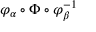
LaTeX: \varphi _ { \alpha } \circ \Phi \circ \varphi _ { \beta } ^ { - 1 }